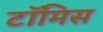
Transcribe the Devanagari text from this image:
टॉमिस